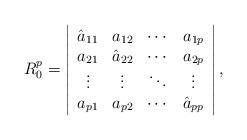
LaTeX: \begin{align*}R_0^p=\left|\begin{array}{cccc}\hat{a}_{11}& a_{12}&\cdots&a_{1p} \\a_{21}& \hat{a}_{22}&\cdots&a_{2p} \\\vdots&\vdots&\ddots&\vdots \\a_{p1}& a_{p2}&\cdots&\hat{a}_{pp} \\\end{array}\right|, \end{align*}